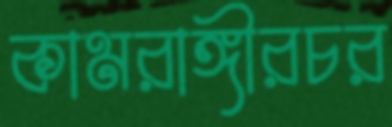
কামরাঙ্গীরচর